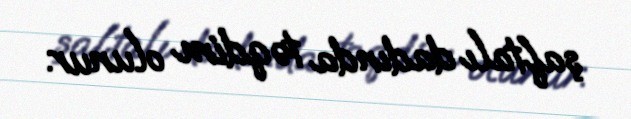
şaftalı dadında təqdim olunur.